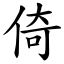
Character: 倚